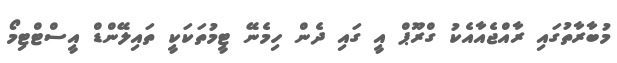
މުބާރާތުގައި ރާއްޖެއާއެކު ގްރޫޕް އީ ގައި ދެން ހިމެނޭ ޓީމުތަކަކީ ތައިލޭންޑް އީސްޓްޓިމޯ